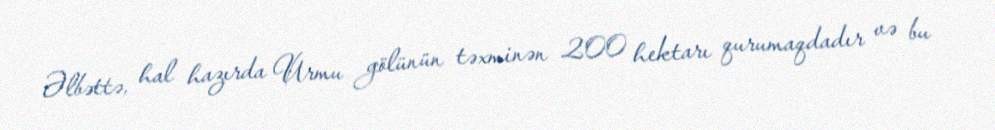
Əlbəttə, hal hazırda Urmu gölünün təxminən 200 hektarı qurumaqdadır və bu